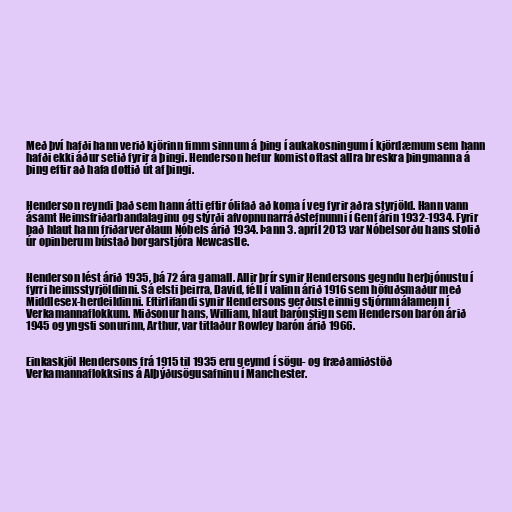
Með því hafði hann verið kjörinn fimm sinnum á þing í aukakosningum í kjördæmum sem hann
hafði ekki áður setið fyrir á þingi. Henderson hefur komist oftast allra breskra þingmanna á
þing eftir að hafa dottið út af þingi.

Henderson reyndi það sem hann átti eftir ólifað að koma í veg fyrir aðra styrjöld. Hann vann
ásamt Heimsfriðarbandalaginu og stýrði afvopnunarráðstefnunni í Genf árin 1932-1934. Fyrir
það hlaut hann friðarverðlaun Nóbels árið 1934. Þann 3. apríl 2013 var Nóbelsorðu hans stolið
úr opinberum bústað borgarstjóra Newcastle.

Henderson lést árið 1935, þá 72 ára gamall. Allir þrír synir Hendersons gegndu herþjónustu í
fyrri heimsstyrjöldinni. Sá elsti þeirra, David, féll í valinn árið 1916 sem höfuðsmaður með
Middlesex-herdeildinni. Eftirlifandi synir Hendersons gerðust einnig stjórnmálamenn í
Verkamannaflokkum. Miðsonur hans, William, hlaut barónstign sem Henderson barón árið
1945 og yngsti sonurinn, Arthur, var titlaður Rowley barón árið 1966.

Einkaskjöl Hendersons frá 1915 til 1935 eru geymd í sögu- og fræðamiðstöð
Verkamannaflokksins á Alþýðusögusafninu í Manchester.